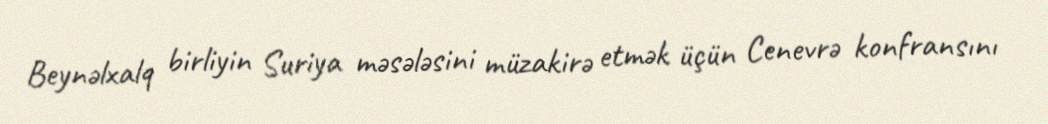
Beynəlxalq birliyin Suriya məsələsini müzakirə etmək üçün Cenevrə konfransını